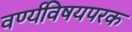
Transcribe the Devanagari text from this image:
वर्ण्यविषयपरक